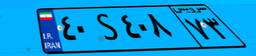
۶۱S۲۶۴۸۳